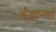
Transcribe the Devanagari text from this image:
ईशान्यां